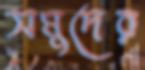
সমুদের